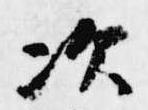
次